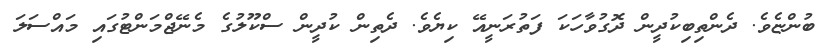
ބުންޏެވެ. ދެންތިބިކުދީން ދޮގުވާހަކަ ފަތުރަނީއޭ ކިޔެވެ. ދެތިން ކުދީން ސްކޫލުގެ މެނޭޖްމަންޓުގައި މައްސަލަ